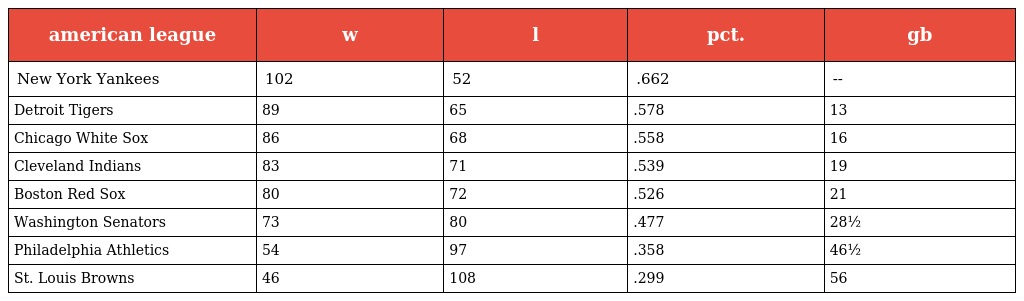
| american league | w | l | pct. | gb |
 | --- | --- | --- | --- | --- |
 | New York Yankees | 102 | 52 | .662 | -- |
 | Detroit Tigers | 89 | 65 | .578 | 13 |
 | Chicago White Sox | 86 | 68 | .558 | 16 |
 | Cleveland Indians | 83 | 71 | .539 | 19 |
 | Boston Red Sox | 80 | 72 | .526 | 21 |
 | Washington Senators | 73 | 80 | .477 | 28½ |
 | Philadelphia Athletics | 54 | 97 | .358 | 46½ |
 | St. Louis Browns | 46 | 108 | .299 | 56 |